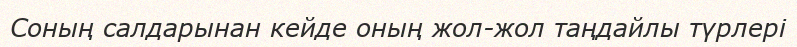
Соның салдарынан кейде оның жол-жол таңдайлы түрлері